Civil Veterinary Dept. Bombay admin report 1893-99 - 1893-1899
Year: 1893
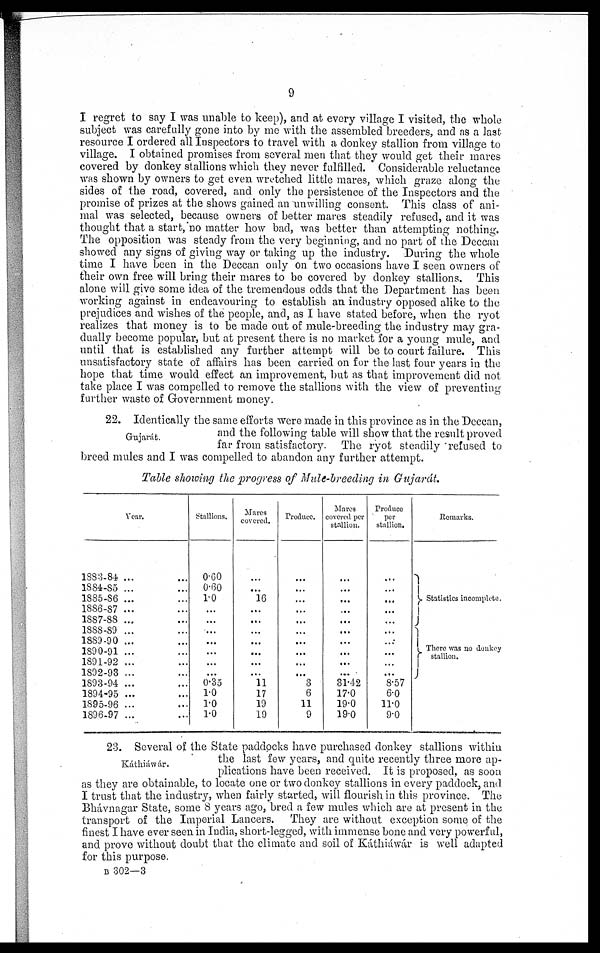
9
I regret to say I was unable to keep), and at every village I visited, the whole
subject was carefully gone into by me with the assembled breeders, and as a last
resource I ordered all Inspectors to travel with a donkey stallion from village to
village. I obtained promises from several men that they would get their mares
covered by donkey stallions which they never fulfilled. Considerable reluctance
was shown by owners to get even wretched little mares, which graze along the
sides of the road, covered, and only the persistence of the Inspectors and the
promise of prizes at the shows gained an unwilling consent. This class of ani-
mal was selected, because owners of better mares steadily refused, and it was
thought that a start, no matter how bad, was better than attempting nothing.
The opposition was steady from the very beginning, and no part of the Deccan
showed any signs of giving way or taking up the industry. During the whole
time I have been in the Deccan only on two occasions have I seen owners of
their own free will bring their mares to be covered by donkey stallions. This
alone will give some idea of the tremendous odds that the Department has been
working against in endeavouring to establish an industry opposed alike to the
prejudices and wishes of the people, and, as I have stated before, when the ryot
realizes that money is to be made out of mule-breeding the industry may gra-
dually become popular, but at present there is no market for a young mule, and
until that is established any further attempt will be to court failure. This
unsatisfactory state of affairs has been carried on for the last four years in the
hope that time would effect an improvement, but as that improvement did not
take place I was compelled to remove the stallions with the view of preventing
further waste of Government money.
Gujarát.
22. Identically the same efforts were made in this province as in the Deccan,
and the following table will show that the result proved
far from satisfactory. The ryot steadily refused to
breed mules and I was compelled to abandon any further attempt.
Table showing the progress of Mule-breeding in Gujarát.
Year.
1883-84 ... ...
1884-85 ... ...
1885-86 ...
1886-87 ...
1887-88 ...
1888-89 ... ...
1889-90 ... ...
1890-91 ...
1891-92 ... ...
1892-93 ...
1893-94 ... ...
1894-95 ...
1895-96 ...
1896-97 ... ...
Stallions.
0.60
0.60
1.0
...
...
...
...
...
...
...
0.35
1.0
1.0
1.0
Mares
covered.
...
...
16
...
...
...
...
...
...
...
11
17
19
19
Produce.
...
...
...
...
...
...
...
...
...
...
3
6
11
9
Mares
covered per
stallion.
...
...
...
...
...
...
...
...
...
...
31.42
17.0
19.0
19.0
Produce
per
stallion.
...
...
...
...
...
...
...
...
...
...
8.57
6.0
11.0
9.0
Remarks.
Statistics incomplete.
There was no donkey
stallion.
Káthiáwár.
23. Several of the State paddocks have purchased donkey stallions within
the last few years, and quite recently three more ap-
plications have been received. It is proposed, as soon
as they are obtainable, to locate one or two donkey stallions in every paddock, and
I trust that the industry, when fairly started, will flourish in this province. The
Bhávnagar State, some 8 years ago, bred a few mules which are at present in the
transport of the Imperial Lancers. They are without exception some of the
finest I have ever seen in India, short.legged, with immense bone and very powerful,
and prove without doubt that the climate and soil of Káthiáwár is well adapted
for this purpose.
B
302—3